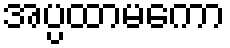
အပ္ပထာမကော